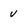
Character: v